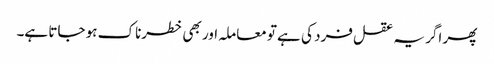
پھر اگر یہ عقل فرد کی ہے تو معاملہ اور بھی خطرناک ہو جاتا ہے۔